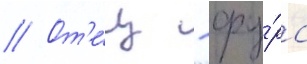
// От'е́ц - фу́рс